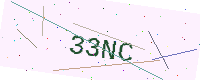
Text: 33NC